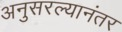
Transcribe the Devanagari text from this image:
अनुसरल्यानंतर